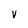
Character: v